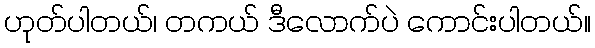
ဟုတ်ပါတယ်၊ တကယ် ဒီလောက်ပဲ ကောင်းပါတယ်။